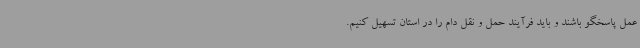
عمل پاسخگو باشند و باید فرآیند حمل و نقل دام را در استان تسهیل کنیم.